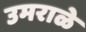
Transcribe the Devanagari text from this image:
उमराळे